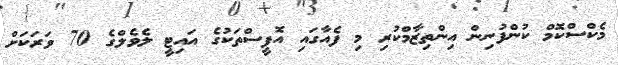
މެކްސްކޮމް ކުންފުނިން އިންތިޒާމްކުރި މި ފެއާގައި އޮފީސްތަކުގެ އައިޓީ ލެވެލްގެ 70 ވަރަކަށް